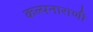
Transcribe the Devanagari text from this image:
कल्पनाराणी